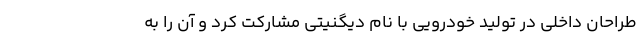
طراحان داخلی در تولید خودرویی با نام دیگنیتی مشارکت کرد و آن را به